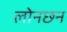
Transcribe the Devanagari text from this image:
लोनछन